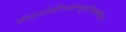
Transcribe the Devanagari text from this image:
सीतापतेर्हरिपदाम्बुजचिन्तकेन।